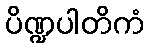
ပိဏ္ဍပါတိကံ